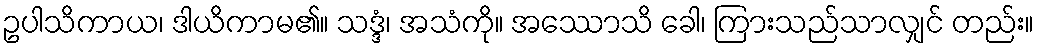
ဥပါသိကာယ၊ ဒါယိကာမ၏။ သဒ္ဒံ၊ အသံကို။ အဿောသိ ခေါ၊ ကြားသည်သာလျှင် တည်း။